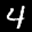
Label: 4